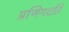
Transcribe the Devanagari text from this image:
प्रणिगदति